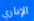
الإداري